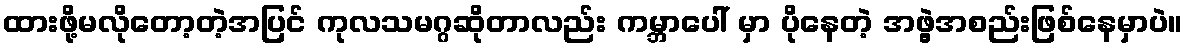
ထားဖို့မလိုတော့တဲ့အပြင် ကုလသမဂ္ဂဆိုတာလည်း ကမ္ဘာပေါ် မှာ ပိုနေတဲ့ အဖွဲ့အစည်းဖြစ်နေမှာပဲ။